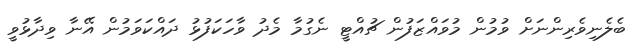
ބެލެނިވެރިންނަށް ވުމުން މުވައްޒަފުން ޗުއްޓީ ނެގުމާ މެދު ވާހަކަފުޅު ދައްކަވަމުން އޭނާ ވިދާޅުވީ